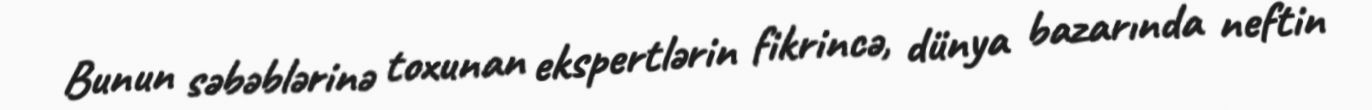
Bunun səbəblərinə toxunan ekspertlərin fikrincə, dünya bazarında neftin